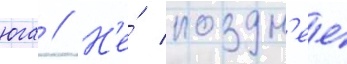
юга // Н'е́ поздн'ее